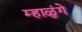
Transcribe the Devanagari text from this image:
म्हाळुंगे